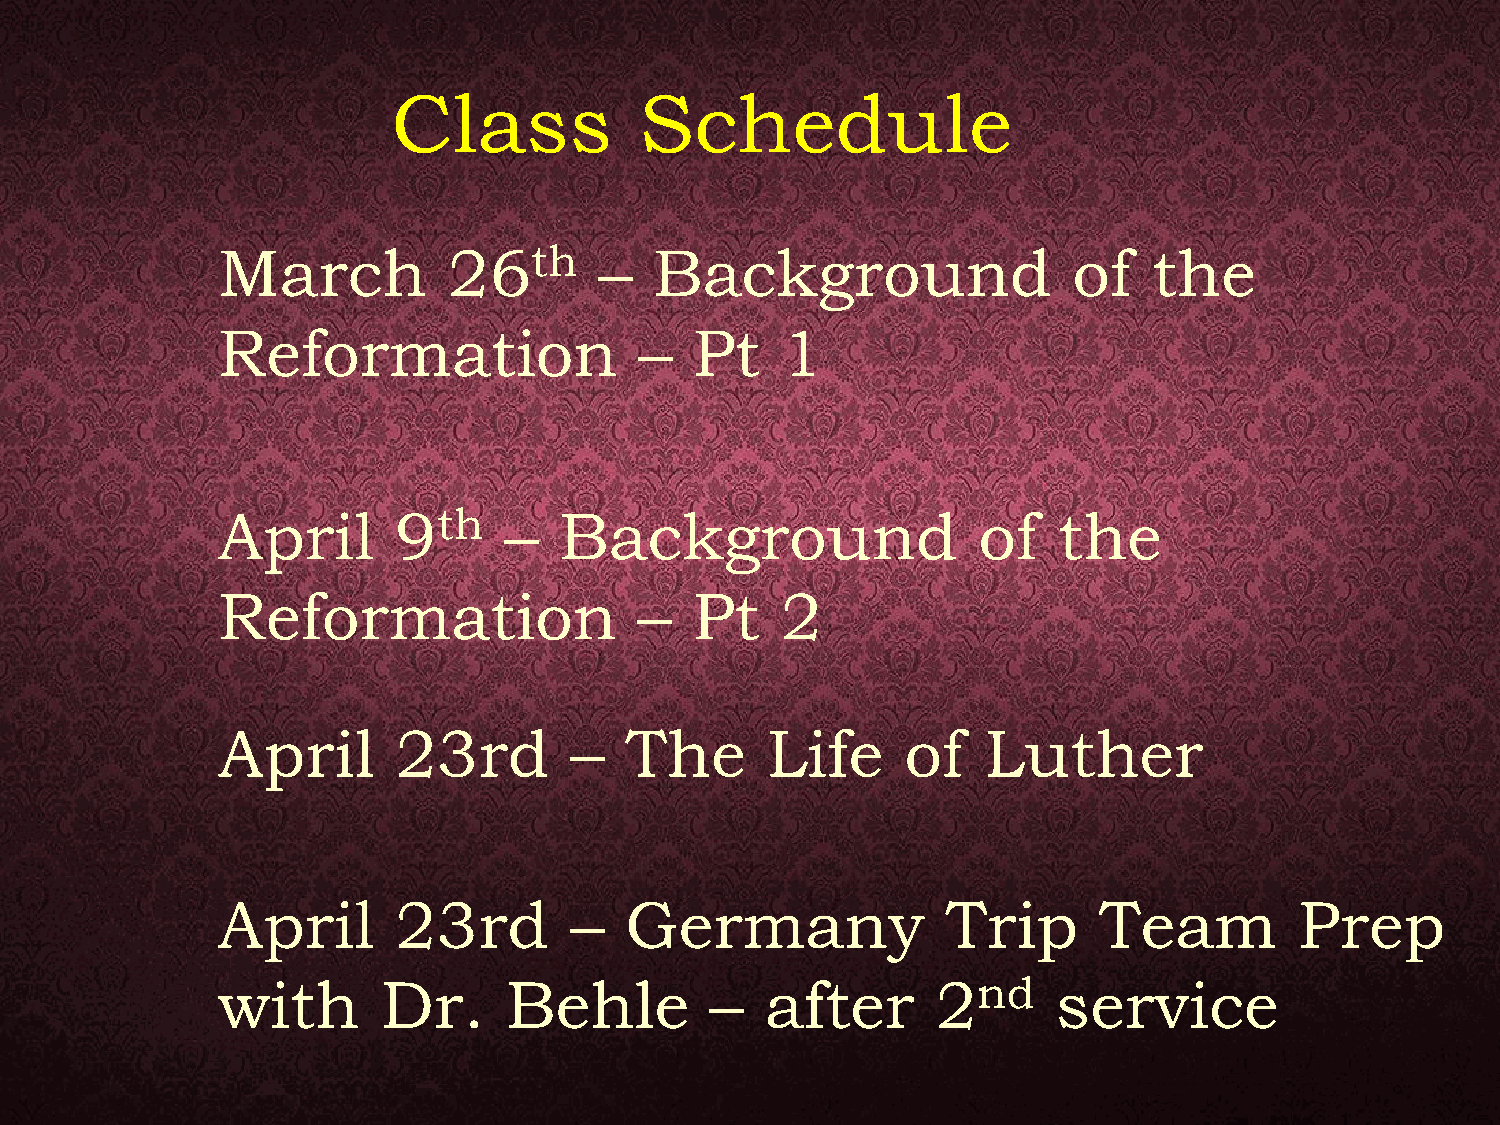
Class           Schedule
 March           26th      –  Background                  of   the
 Reformation                 –   Pt    1
 April       9th    –   Background                  of   the
 Reformation                 –   Pt    2
 April       23rd        –  The       Life     of   Luther
 April       23rd        –  Germany               Trip      Team         Prep
 with       Dr.      Behle        –   after      2nd     service